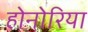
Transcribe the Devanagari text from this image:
होनोरिया